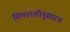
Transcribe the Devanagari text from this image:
शिफारशीनुसारच